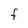
Character: F